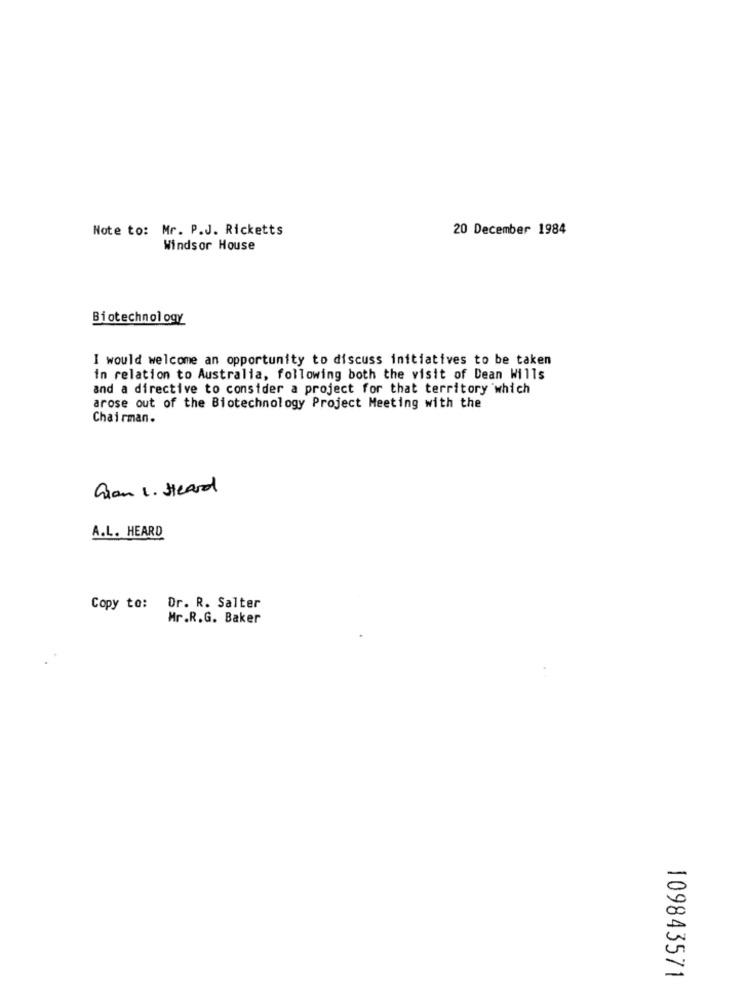
Note to: Mr. P.J. Ricketts
20 December 1984
Windsor House
Biotechnology
I would welcome an opportunity to discuss initiatives to be taken
in relation to Australia, following both the visit of Dean Wills
and a directive to consider a project for that territory which
arose out of the Biotechnology Project Meeting with the
Chairman.
Gran 1. Heard
A.L. HEARD
Copy to:
Dr. R. Salter
Mr.R.G. Baker
109843571